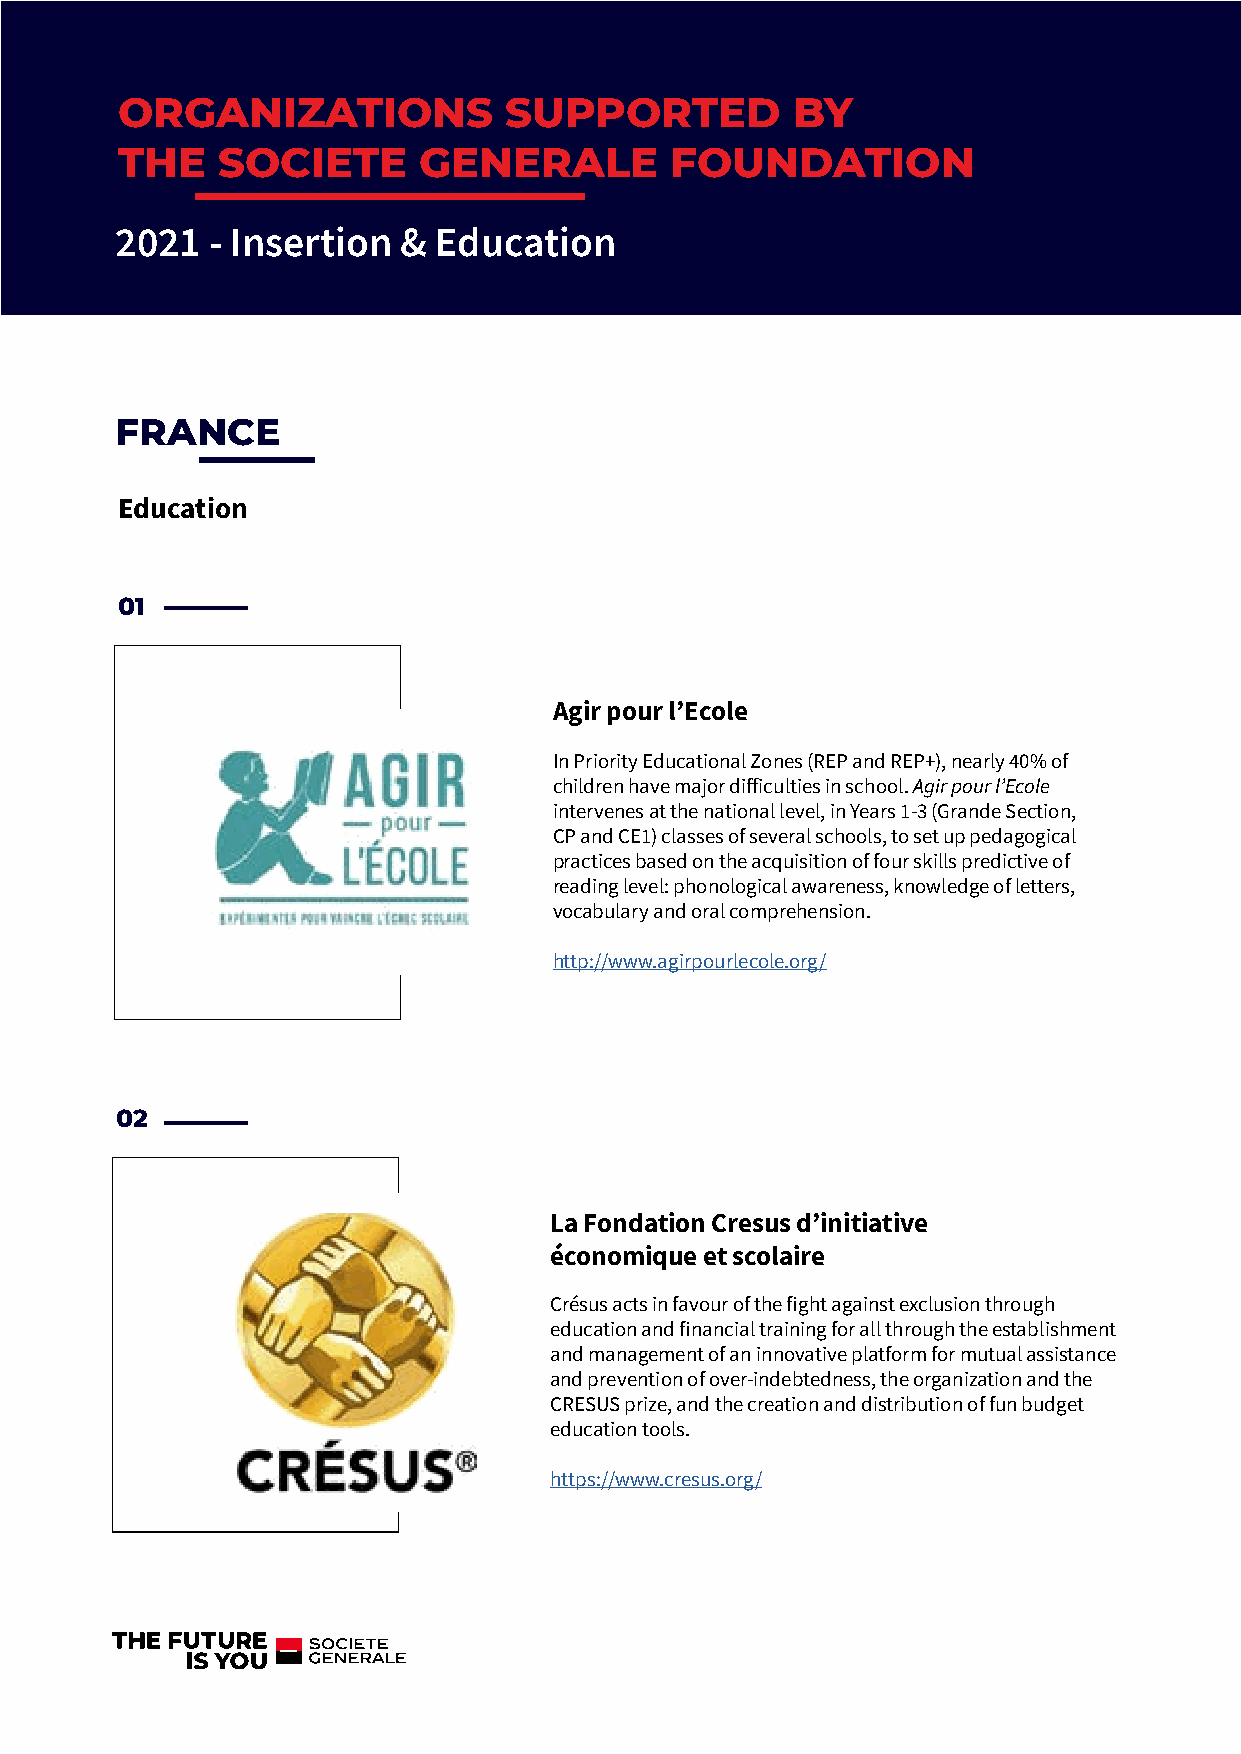
ORGANIZATIONS            SUPPORTED          BY
 THE   SOCIETE       GENERALE        FOUNDATION
 2021  - Insertion  & Education
 FRANCE
 Education
 01
 Agir pour l’Ecole
 In Priority Educational Zones (REP and REP+), nearly 40% of
 children have major difficulties in school. Agir pour l’Ecole
 intervenes at the national level, in Years 1-3 (Grande Section,
 CP and CE1) classes of several schools, to set up pedagogical
 practices based on the acquisition of four skills predictive of
 reading level: phonological awareness, knowledge of letters,
 vocabulary and oral comprehension.
 http://www.agirpourlecole.org/
 02
 La Fondation Cresus d’initiative
 économique et scolaire
 Crésus acts in favour of the fight against exclusion through
 education and financial training for all through the establishment
 and management of an innovative platform for mutual assistance
 and prevention of over-indebtedness, the organization and the
 CRESUS prize, and the creation and distribution of fun budget
 education tools.
 https://www.cresus.org/